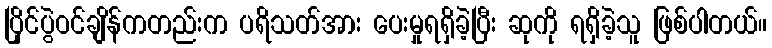
ပြိုင်ပွဲဝင်ချိန်ကတည်းက ပရိသတ်အား ပေးမှုရရှိခဲ့ပြီး ဆုကို ရရှိခဲ့သူ ဖြစ်ပါတယ်။